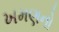
ખમણનો